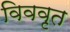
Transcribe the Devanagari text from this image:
विववृत